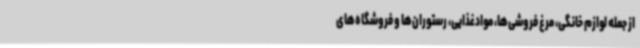
از جمله لوازم خانگی، مرغ فروشی‌ها، موادغذایی، رستوران‌ها و فروشگاه‌های